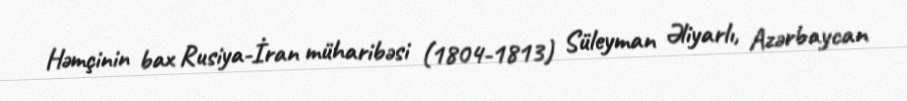
Həmçinin bax Rusiya-İran müharibəsi (1804-1813) Süleyman Əliyarlı, Azərbaycan